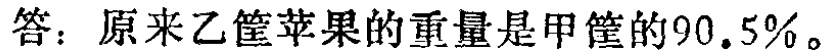
答：原来乙筐苹果的重量是甲筐的\(90.5\%\)。